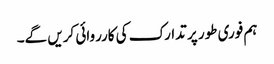
ہم فوری طور پر تدارک کی کارروائی کریں گے۔